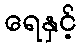
ရေနှင့်